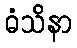
ဓံသိနာ